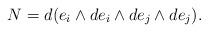
LaTeX: \begin{align*}N=d(e_i\wedge de_i\wedge de_j\wedge de_j). \end{align*}